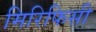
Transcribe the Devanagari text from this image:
मिरिफिसी